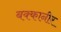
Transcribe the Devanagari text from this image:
बक्कानीर